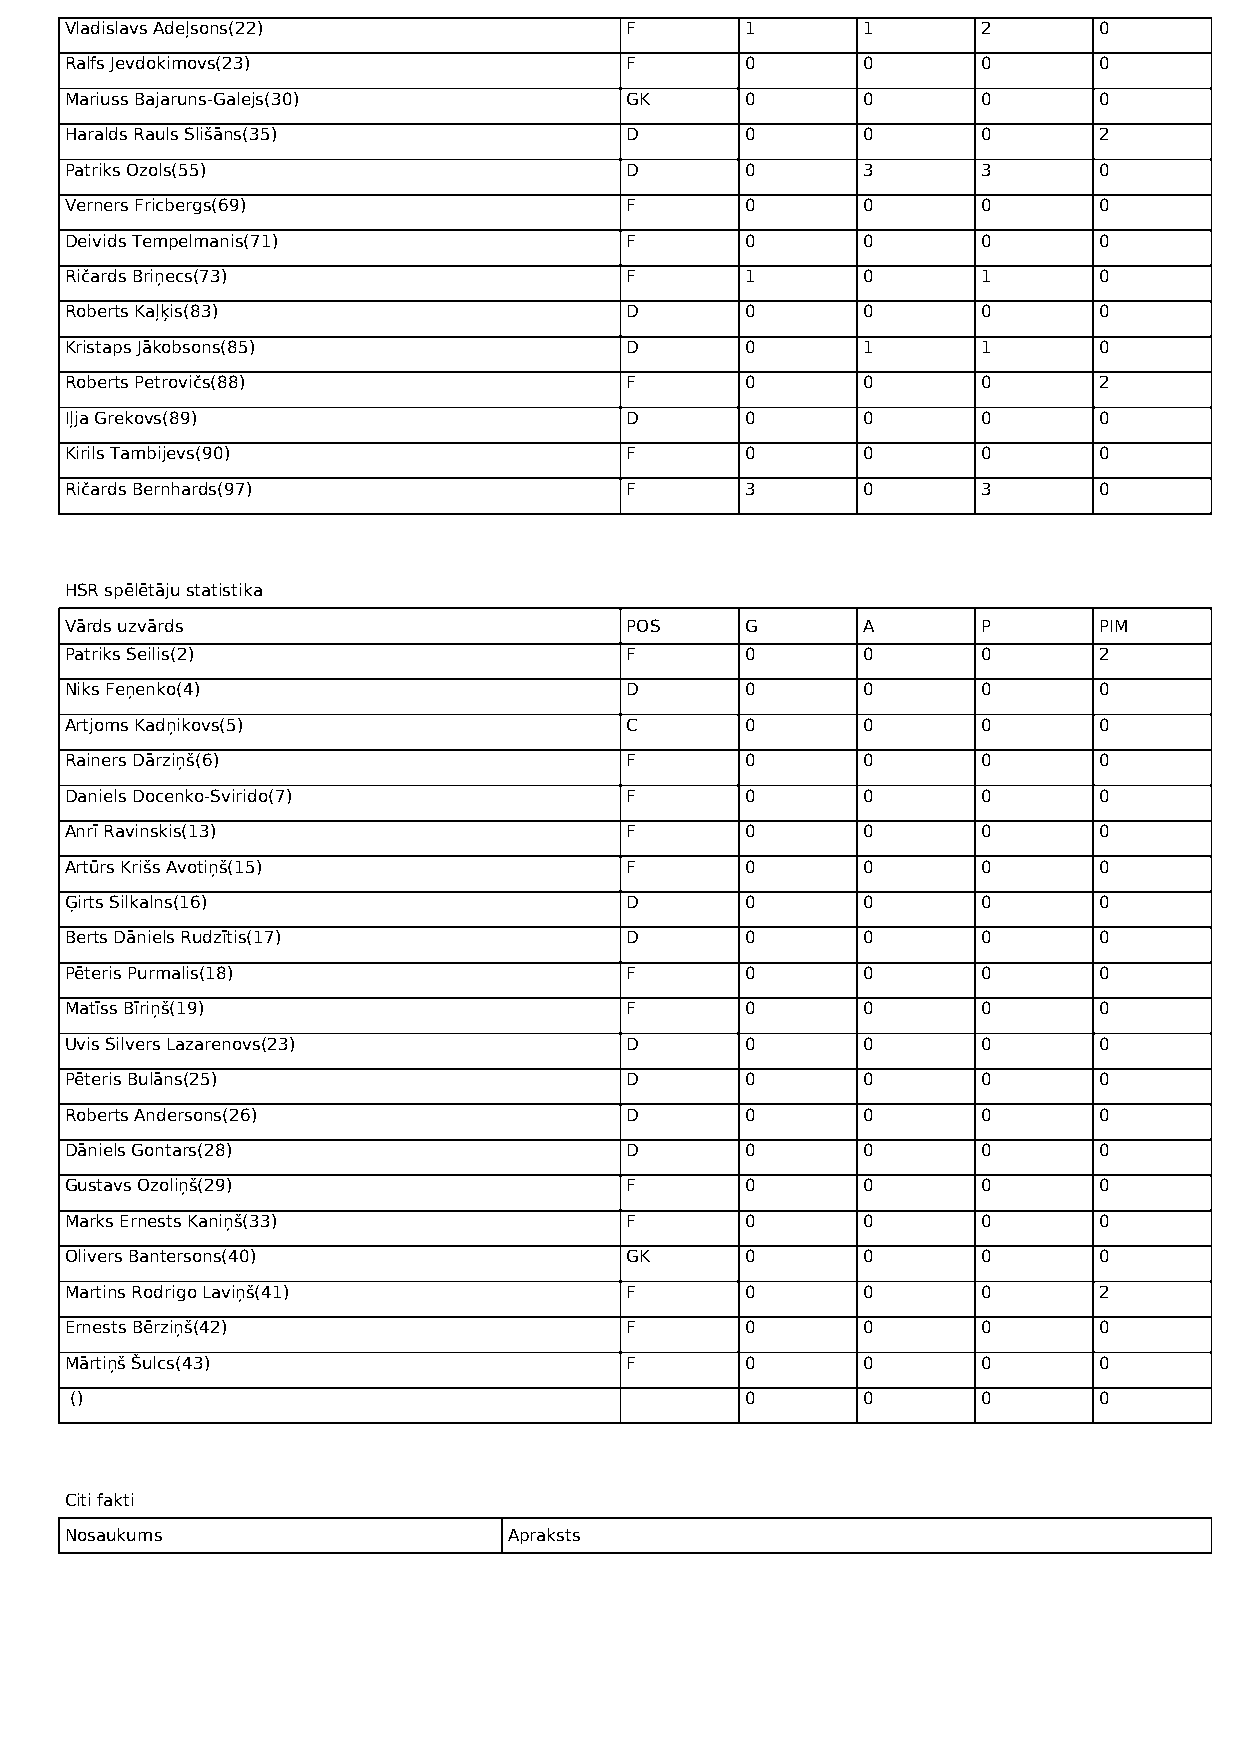
V ladislavs Adeļsons(22)             F       1       1       2       0
 R alfs Jevdokimovs(23)               F       0       0       0       0
 M ariuss Bajaruns-Galejs(30)         G K     0       0       0       0
 H aralds Rauls Slišāns(35)           D       0       0       0       2
 P atriks Ozols(55)                   D       0       3       3       0
 V erners Fricbergs(69)               F       0       0       0       0
 D eivids Tempelmanis(71)             F       0       0       0       0
 R ičards Briņecs(73)                 F       1       0       1       0
 R oberts Kaļķis(83)                  D       0       0       0       0
 K ristaps Jākobsons(85)              D       0       1       1       0
 R oberts Petrovičs(88)               F       0       0       0       2
 I ļja Grekovs(89)                    D       0       0       0       0
 K irils Tambijevs(90)                F       0       0       0       0
 R ičards Bernhards(97)               F       3       0       3       0
 HSR spēlētāju statistika
 Vārds uzvārds                        POS     G       A       P       PIM
 P atriks Seilis(2)                   F       0       0       0       2
 N iks Feņenko(4)                     D       0       0       0       0
 A rtjoms Kadņikovs(5)                C       0       0       0       0
 R ainers Dārziņš(6)                  F       0       0       0       0
 D aniels Docenko-Svirido(7)          F       0       0       0       0
 A nrī Ravinskis(13)                  F       0       0       0       0
 A rtūrs Krišs Avotiņš(15)            F       0       0       0       0
 Ģ irts Silkalns(16)                  D       0       0       0       0
 B erts Dāniels Rudzītis(17)          D       0       0       0       0
 P ēteris Purmalis(18)                F       0       0       0       0
 M atīss Bīriņš(19)                   F       0       0       0       0
 U vis Silvers Lazarenovs(23)         D       0       0       0       0
 P ēteris Bulāns(25)                  D       0       0       0       0
 R oberts Andersons(26)               D       0       0       0       0
 D āniels Gontars(28)                 D       0       0       0       0
 G ustavs Ozoliņš(29)                 F       0       0       0       0
 M arks Ernests Kaniņš(33)            F       0       0       0       0
 O livers Bantersons(40)              G K     0       0       0       0
 M artins Rodrigo Laviņš(41)          F       0       0       0       2
 E rnests Bērziņš(42)                 F       0       0       0       0
 M ārtiņš Šulcs(43)                   F       0       0       0       0
 ()                                          0       0       0       0
 Citi fakti
 Nosaukums                     Apraksts